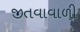
જીતવાવાળી